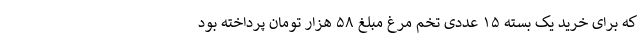
که برای خرید یک بسته ۱۵ عددی تخم مرغ مبلغ ۵۸ هزار تومان پرداخته بود